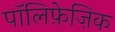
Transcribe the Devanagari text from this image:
पॉलिफ़ेज़िक